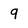
Character: 9